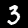
Label: 3